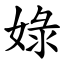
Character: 娽